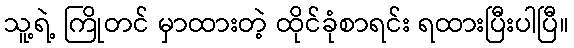
သူ့ရဲ့ ကြိုတင် မှာထားတဲ့ ထိုင်ခုံစာရင်း ရထားပြီးပါပြီ။